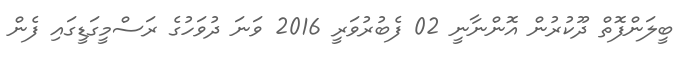
ބީލަންފޮތް ދޫކުރުން އޮންނާނީ 02 ފެބުރުވަރީ 2016 ވަނަ ދުވަހުގެ ރަސްމީގަޑީގައި ފެން